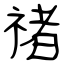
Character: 禇